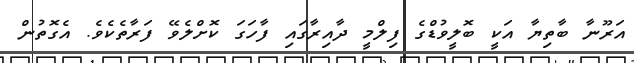
އަރޫނާ ބާތިޔާ އަކީ ބޮލީވުޑްގެ ފިލްމީ ދާއިރާގައި ފާހަގަ ކޮށްލެވޭ ފަރާތެކެވެ. އެގޮތުން